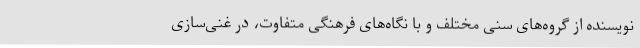
نویسنده از گروه‌های سنی مختلف و با نگاه‌های فرهنگی متفاوت، در غنی‌سازی